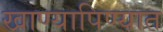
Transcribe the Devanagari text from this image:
खाण्यापिण्यात